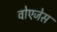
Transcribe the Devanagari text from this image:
वोएजेस